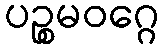
ပဉ္စမဝဂ္ဂေ